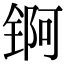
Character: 锕